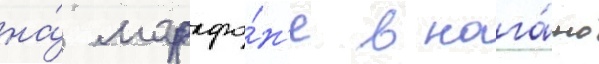
на́ марафо́н'е в нага́но